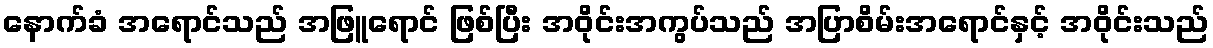
နောက်ခံ အရောင်သည် အဖြူရောင် ဖြစ်ပြီး အဝိုင်းအကွပ်သည် အပြာစိမ်းအရောင်နှင့် အဝိုင်းသည်